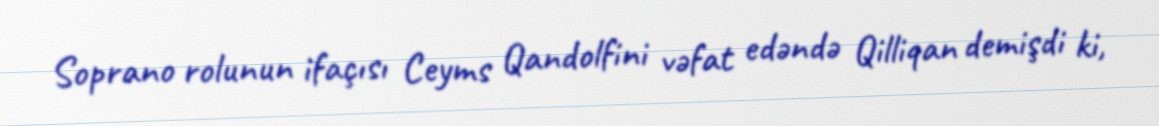
Soprano rolunun ifaçısı Ceyms Qandolfini vəfat edəndə Qilliqan demişdi ki,